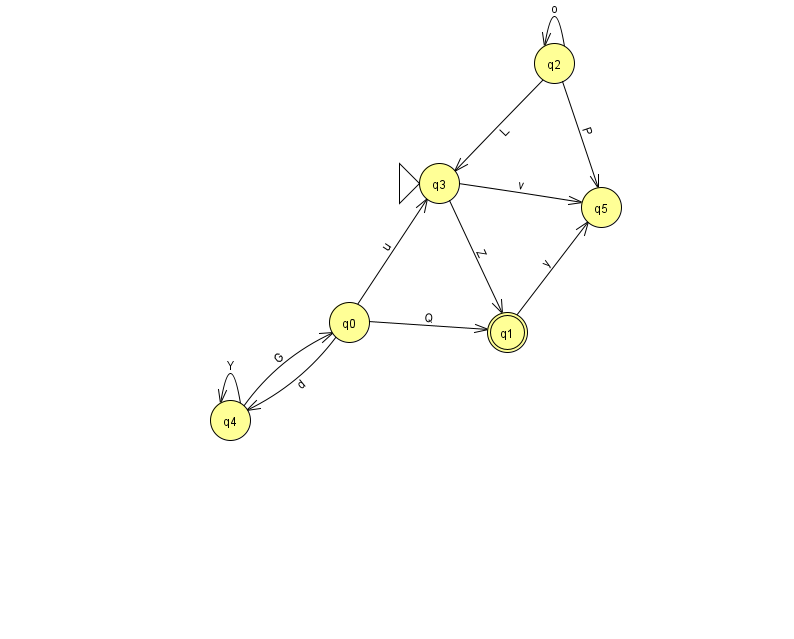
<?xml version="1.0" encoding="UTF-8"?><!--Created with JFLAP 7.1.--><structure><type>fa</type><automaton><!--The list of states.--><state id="0" name="q0"><x>349.0</x><y>309.0</y></state><state id="1" name="q1"><x>507.0</x><y>319.0</y><final/></state><state id="2" name="q2"><x>554.0</x><y>50.0</y></state><state id="3" name="q3"><x>439.0</x><y>170.0</y><initial/></state><state id="4" name="q4"><x>230.0</x><y>407.0</y></state><state id="5" name="q5"><x>601.0</x><y>194.0</y></state><!--The list of transitions.--><transition><from>4</from><to>0</to><read>G</read></transition><transition><from>0</from><to>1</to><read>Q</read></transition><transition><from>3</from><to>5</to><read>v</read></transition><transition><from>3</from><to>1</to><read>Z</read></transition><transition><from>0</from><to>4</to><read>d</read></transition><transition><from>2</from><to>5</to><read>P</read></transition><transition><from>1</from><to>5</to><read>y</read></transition><transition><from>4</from><to>4</to><read>Y</read></transition><transition><from>0</from><to>3</to><read>u</read></transition><transition><from>2</from><to>3</to><read>L</read></transition><transition><from>2</from><to>2</to><read>o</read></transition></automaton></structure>